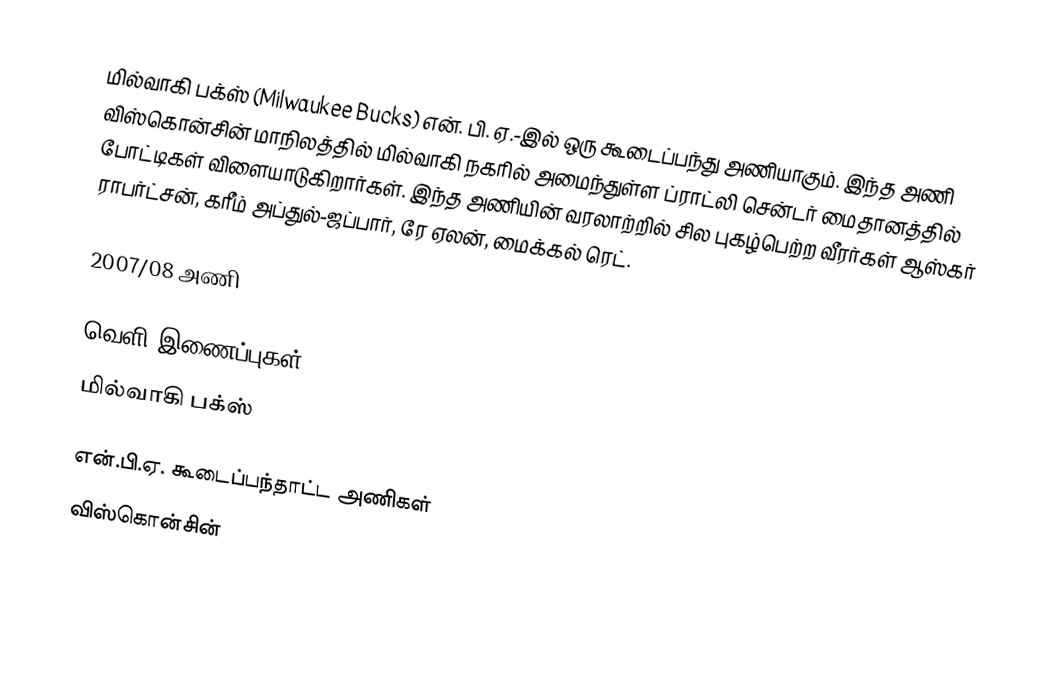
மில்வாகி பக்ஸ் (Milwaukee Bucks) என். பி. ஏ.-இல் ஒரு கூடைப்பந்து அணியாகும். இந்த அணி விஸ்கொன்சின் மாநிலத்தில் மில்வாகி நகரில் அமைந்துள்ள  ப்ராட்லி சென்டர் மைதானத்தில் போட்டிகள் விளையாடுகிறார்கள். இந்த அணியின் வரலாற்றில் சில புகழ்பெற்ற வீரர்கள் ஆஸ்கர் ராபர்ட்சன், கரீம் அப்துல்-ஜப்பார், ரே ஏலன், மைக்கல் ரெட்.

2007/08 அணி

வெளி இணைப்புகள்
 மில்வாகி பக்ஸ்

என்.பி.ஏ. கூடைப்பந்தாட்ட அணிகள்
விஸ்கொன்சின்